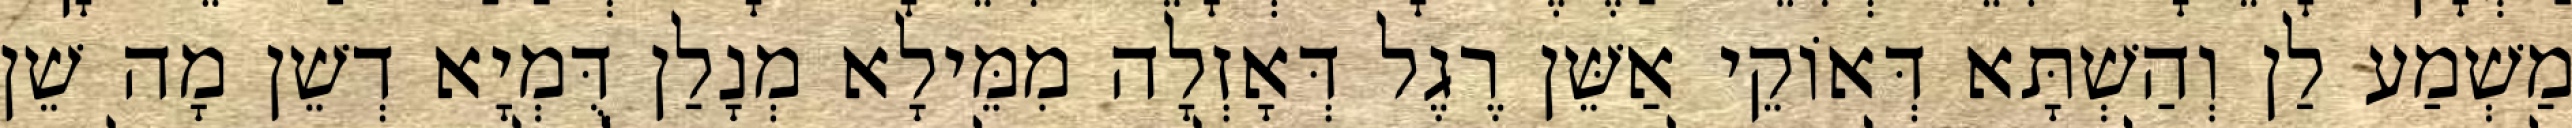
מַשְׁמַע לַן וְהַשְׁתָּא דְּאוֹקֵי אַשֵּׁן רֶגֶל דְּאָזְלָה מִמֵּילָא מְנָלַן דֻּמְיָא דְשֵׁן מָה שֵׁן